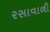
રસાવાળી